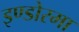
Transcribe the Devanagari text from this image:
इण्डोरमा